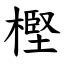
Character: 樫